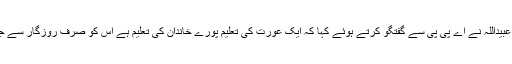
ماہرین تعلیم ڈاکٹر عبیداللہ نے اے پی پی سے گفتگو کرتے ہوئے کہا کہ ایک عورت کی تعلیم پورے خاندان کی تعلیم ہے اس کو صرف روزگار سے جوڑنا درست نہیں ۔